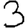
Digit: 3